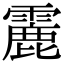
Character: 𩅄